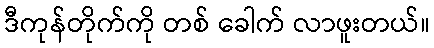
ဒီကုန်တိုက်ကို တစ် ခေါက် လာဖူးတယ်။